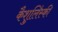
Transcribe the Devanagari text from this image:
कैशुलिंस्की